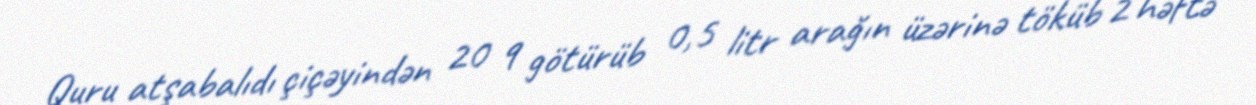
Quru atşabalıdı çiçəyindən 20 q götürüb 0,5 litr arağın üzərinə töküb 2 həftə